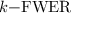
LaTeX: k { \mathrm { - F W E R } }